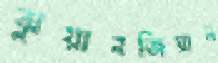
ঝুয়ানজিয়ান